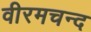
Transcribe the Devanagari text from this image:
वीरमचन्द